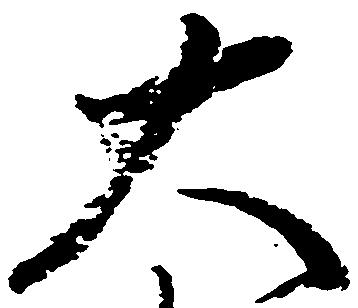
大